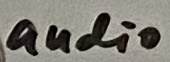
Text: audio